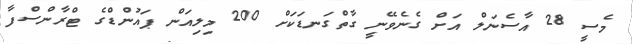
މެސީ 28 އާސެނަލް އަށް ގެނެވޭނީ ގާތްގަނޑަކަށް 200 މިލިއަން ޕައުންޑްގެ ޓްރާންސްފާ